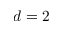
d = 2